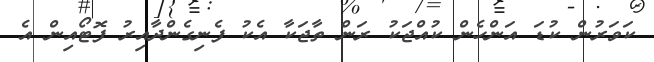
ކަވަރުން ކުޑަ އަންހެން ކުއްޖަކު ރަން ތާޖަކާ އެކު ފެނިގެންދާއިރު ފޮޓޯއިން އެ